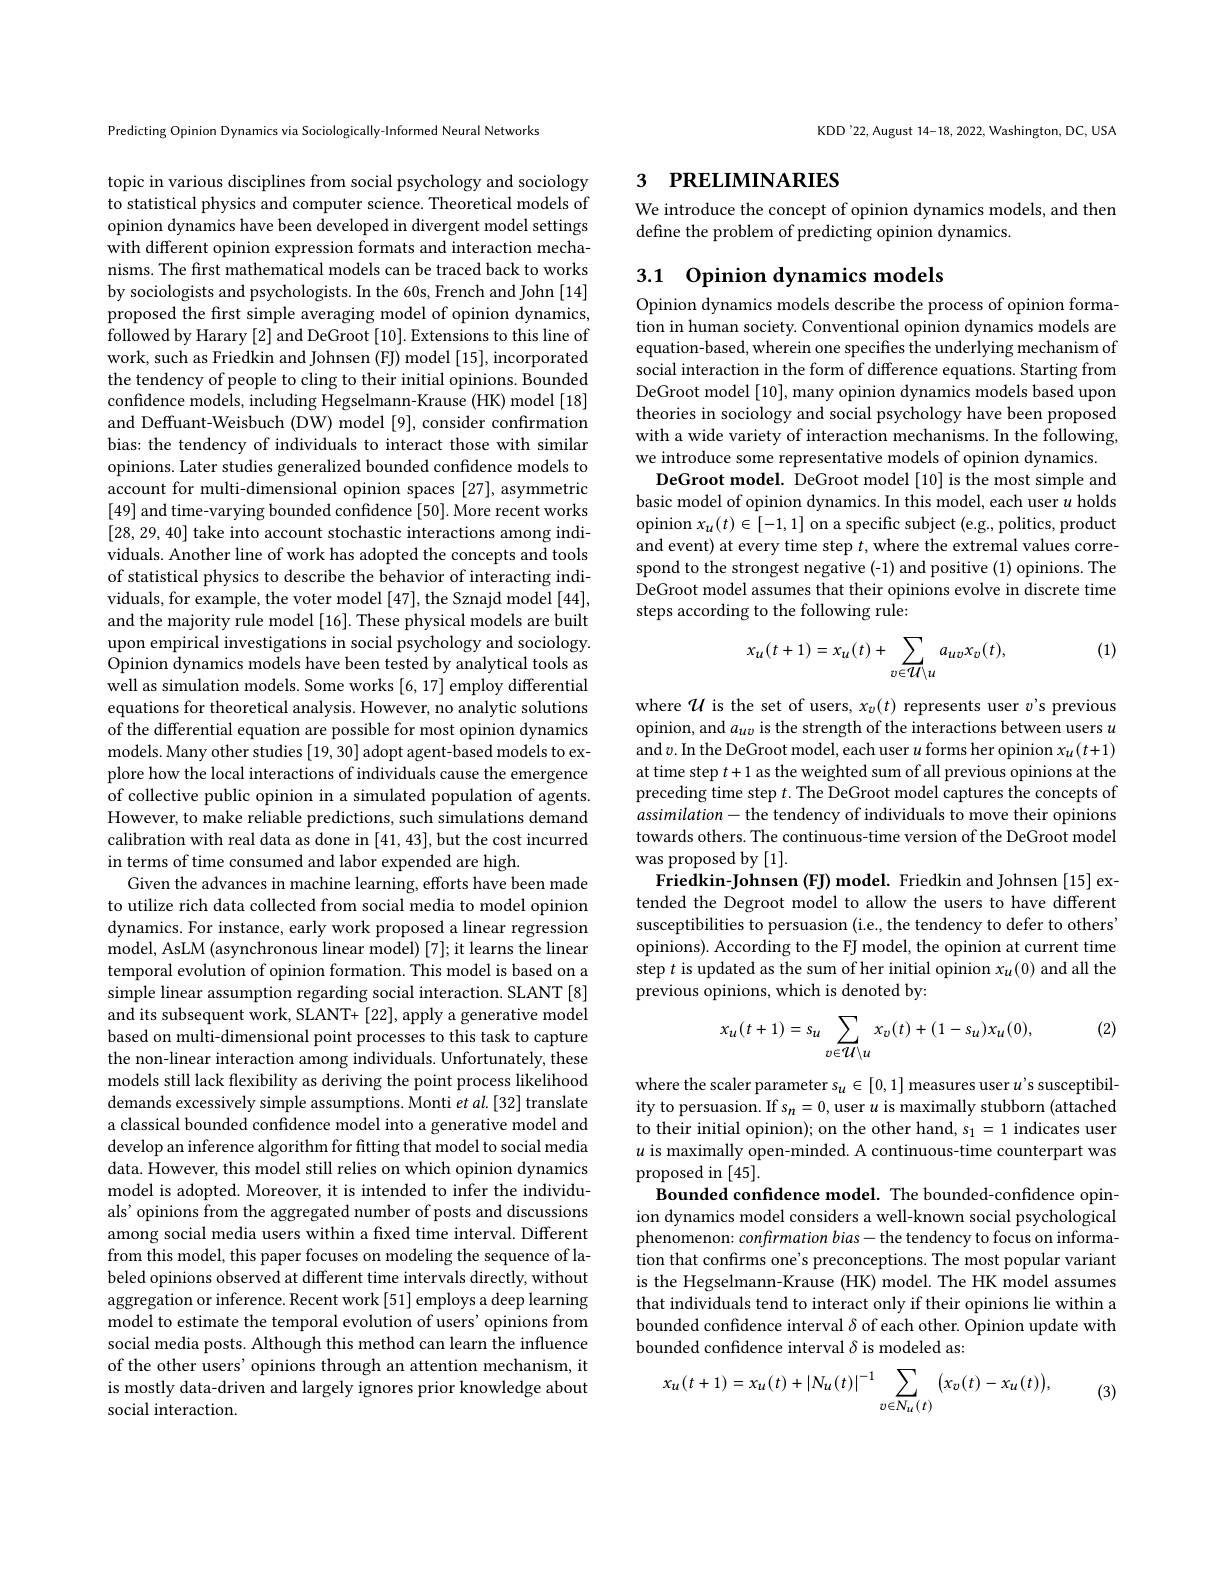
Predicting Opinion Dynamics via Sociologically-Informed Neural Networks

topic in various disciplines from social psychology and sociology to statistical physics and computer science. Theoretical models of opinion dynamics have been developed in divergent model settings with different opinion expression formats and interaction mechanisms. The first mathematical models can be traced back to works by sociologists and psychologists. In the 60s, French and John [14] proposed the first simple averaging model of opinion dynamics, followed by Harary [2] and DeGroot [10]. Extensions to this line of work, such as Friedkin and Johnsen (FJ) model [15], incorporated the tendency of people to cling to their initial opinions. Bounded confidence models, including Hegselmann-Krause (HK) model [18] and Deffuant-Weisbuch (DW) model [9], consider confirmation bias: the tendency of individuals to interact those with similar opinions. Later studies generalized bounded confidence models to account for multi-dimensional opinion spaces [27], asymmetric [49] and time-varying bounded confidence [50]. More recent works [28,29,40] take into account stochastic interactions among individuals. Another line of work has adopted the concepts and tools of statistical physics to describe the behavior of interacting individuals, for example, the voter model [47], the Sznajd model [44], and the majority rule model [16]. These physical models are built upon empirical investigations in social psychology and sociology. Opinion dynamics models have been tested by analytical tools as well as simulation models. Some works [6, 17] employ differential equations for theoretical analysis. However, no analytic solutions of the differential equation are possible for most opinion dynamics models. Many other studies [19, 30] adopt agent-based models to explore how the local interactions of individuals cause the emergence of collective public opinion in a simulated population of agents However, to make reliable predictions, such simulations demand calibration with real data as done in [41,43],but the cost incurred in terms of time consumed and labor expended are high.
Given the advances in machine learning, efforts have been made to utilize rich data collected from social media to model opinion dynamics. For instance, early work proposed a linear regression model, AsLM (asynchronous linear model) [7]; it learns the linear temporal evolution of opinion formation. This model is based on a simple linear assumption regarding social interaction. SLANT [8] and its subsequent work, SLANT+ [22], apply a generative model based on multi-dimensional point processes to this task to capture the non-linear interaction among individuals. Unfortunately, these models still lack flexibility as deriving the point process likelihood demands excessively simple assumptions. Monti $et$ al.[32] translate a classical bounded confidence model into a generative model and develop an inference algorithm for fitting that model to social media data. However, this model still relies on which opinion dynamics model is adopted. Moreover, it is intended to infer the individuals' opinions from the aggregated number of posts and discussions among social media users within a fixed time interval. Different from this model, this paper focuses on modeling the sequence of labeled opinions observed at different time intervals directly, without aggregation or inference. Recent work [51] employs a deep learning model to estimate the temporal evolution of users' opinions from social media posts. Although this method can learn the influence of the other users' opinions through an attention mechanism, it is mostly data-driven and largely ignores prior knowledge about social interaction.

KDD'22, August 14-18, 2022, Washington, DC, USA

## 3 PRELIMINARIES

We introduce the concept of opinion dynamics models, and then
define the problem of predicting opinion dynamics.

## 3.1 Opinion dynamics models

Opinion dynamics models describe the process of opinion formation in human society. Conventional opinion dynamics models are equation-based, wherein one specifies the underlying mechanism of social interaction in the form of difference equations. Starting from DeGroot model [10], many opinion dynamics models based upon theories in sociology and social psychology have been proposed with a wide variety of interaction mechanisms. In the following, we introduce some representative models of opinion dynamics.
DeGroot model. DeGroot model[10] is the most simple and basic model of opinion dynamics. In this model, each user $u$ holds opinion $x_u(t)\in[-1,1]$ on a specific subject (e.g., politics, product and event) at every time step $t$,where the extremal values correspond to the strongest negative (-1) and positive (1) opinions. The DeGroot model assumes that their opinions evolve in discrete time steps according to the following rule:

(1)
$$x_{u}(t+1)=x_{u}(t)+\sum_{v\in\mathcal{U}\setminus u}a_{uv}x_{v}(t),$$
where $\mathcal{U}$ is the set of users, $x_v(t)$ represents user $v$'s previous opinion, and $a_uv$ is the strength of the interactions between users $u$ and$v.$In the DeGroot model, each user $u$ forms her opinion $x_u(t+1)$ at time step $t+1$ as the weighted sum of all previous opinions at the preceding time step $t.$ The DeGroot model captures the concepts of $assimilation-$the tendency of individuals to move their opinions towards others. The continuous-time version of the DeGroot model was proposed by [1].
Friedkin-Johnsen (FJ) model. Friedkin and Johnsen [15] extended the Degroot model to allow the users to have different susceptibilities to persuasion (i.e., the tendency to defer to others' opinions). According to the FJ model, the opinion at current time step $t$ is updated as the sum of her initial opinion $x_u(0)$ and all the previous opinions, which is denoted by:

(2)
$$x_u(t+1)=s_u\sum_{v\in\mathcal{U}\setminus u}x_v(t)+(1-s_u)x_u(0),$$
where the scaler parameter $s_u\in[0,1]$ measures user $u^\prime s$ susceptibility to persuasion. If $s_n=0$, user $u$ is maximally stubborn (attached to their initial opinion); on the other hand, $s_1=1$ indicates user $u$ is maximally open-minded. A continuous-time counterpart was proposed in [45].
Bounded confdence model. The bounded-confidence opinion dynamics model considers a well-known social psychological phenomenon: confrmation bias- the tendency to focus on information that confirms one's preconceptions. The most popular variant is the Hegselmann-Krause (HK) model. The HK model assumes that individuals tend to interact only if their opinions lie within a bounded confidence interval $\delta$ of each other. Opinion update with bounded confidence interval $\delta$ is modeled as:
$$x_{u}(t+1)=x_{u}(t)+|N_{u}(t)|^{-1}\sum_{v\in N_{u}(t)}\big(x_{v}(t)-x_{u}(t)\big),$$
(3)